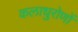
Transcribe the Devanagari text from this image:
कलाधुरोणों